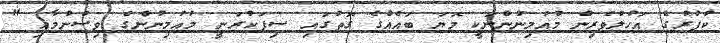
ކުފުރުގެ އަހުލުވެރިން މުއުމިނުންނަކީ މޮޔަ ބައެއްގެ ގޮތުގައި ސިފަކުރަނީ މުއުމިނުންގެ ވިސްނުމާއި "